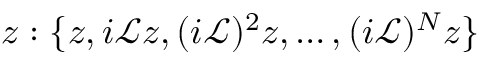
z : \{ z , i \mathcal { L } z , ( i \mathcal { L } ) ^ { 2 } z , \dots , ( i \mathcal { L } ) ^ { N } z \}